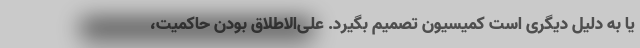
یا به دلیل دیگری است کمیسیون تصمیم بگیرد. علی‌الاطلاق بودن حاکمیت،